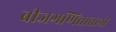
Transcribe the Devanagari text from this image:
बीजगणितातली